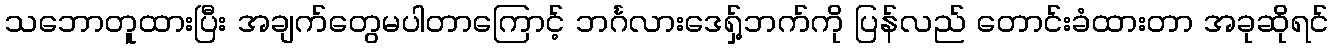
သဘောတူထားပြီး အချက်တွေမပါတာကြောင့် ဘင်္ဂလားဒေရှ့်ဘက်ကို ပြန်လည် တောင်းခံထားတာ အခုဆိုရင်